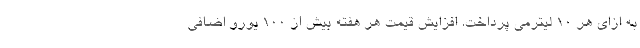
به ازای هر 10 لیترمی پرداخت. افزایش قیمت هر هفته بیش از 100 یورو اضافی